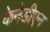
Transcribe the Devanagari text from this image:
केनेडीएन